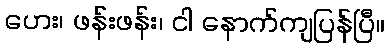
ဟေး၊ ဖန်းဖန်း၊ ငါ နောက်ကျပြန်ပြီ။